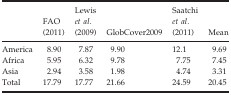
|  | FAO (2011) | Lewis et al. (2009) | GlobCover2009 | Saatchi et al. (2011) | Mean |
 | --- | --- | --- | --- | --- | --- |
 | America | 8.90 | 7.87 | 9.90 | 12.1 | 9.69 |
 | Africa | 5.95 | 6.32 | 9.78 | 7.75 | 7.45 |
 | Asia | 2.94 | 3.58 | 1.98 | 4.74 | 3.31 |
 | Total | 17.79 | 17.77 | 21.66 | 24.59 | 20.45 |